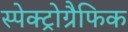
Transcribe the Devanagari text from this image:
स्पेक्ट्रोग्रैफिक